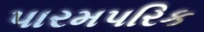
પારમપરિક